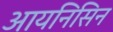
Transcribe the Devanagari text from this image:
आयनिसिन